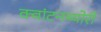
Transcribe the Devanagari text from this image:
क्‍वांटनथ्‍योरी